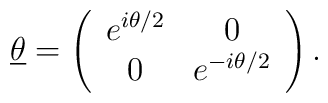
\underline{\theta} = \left(\begin{array}{cc}                         e^{i \theta /2} & 0 \\                         0 & e^{-i \theta /2}                        \end{array}\right).